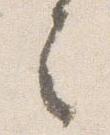
之